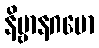
နိဗ္ဗာနဂမော